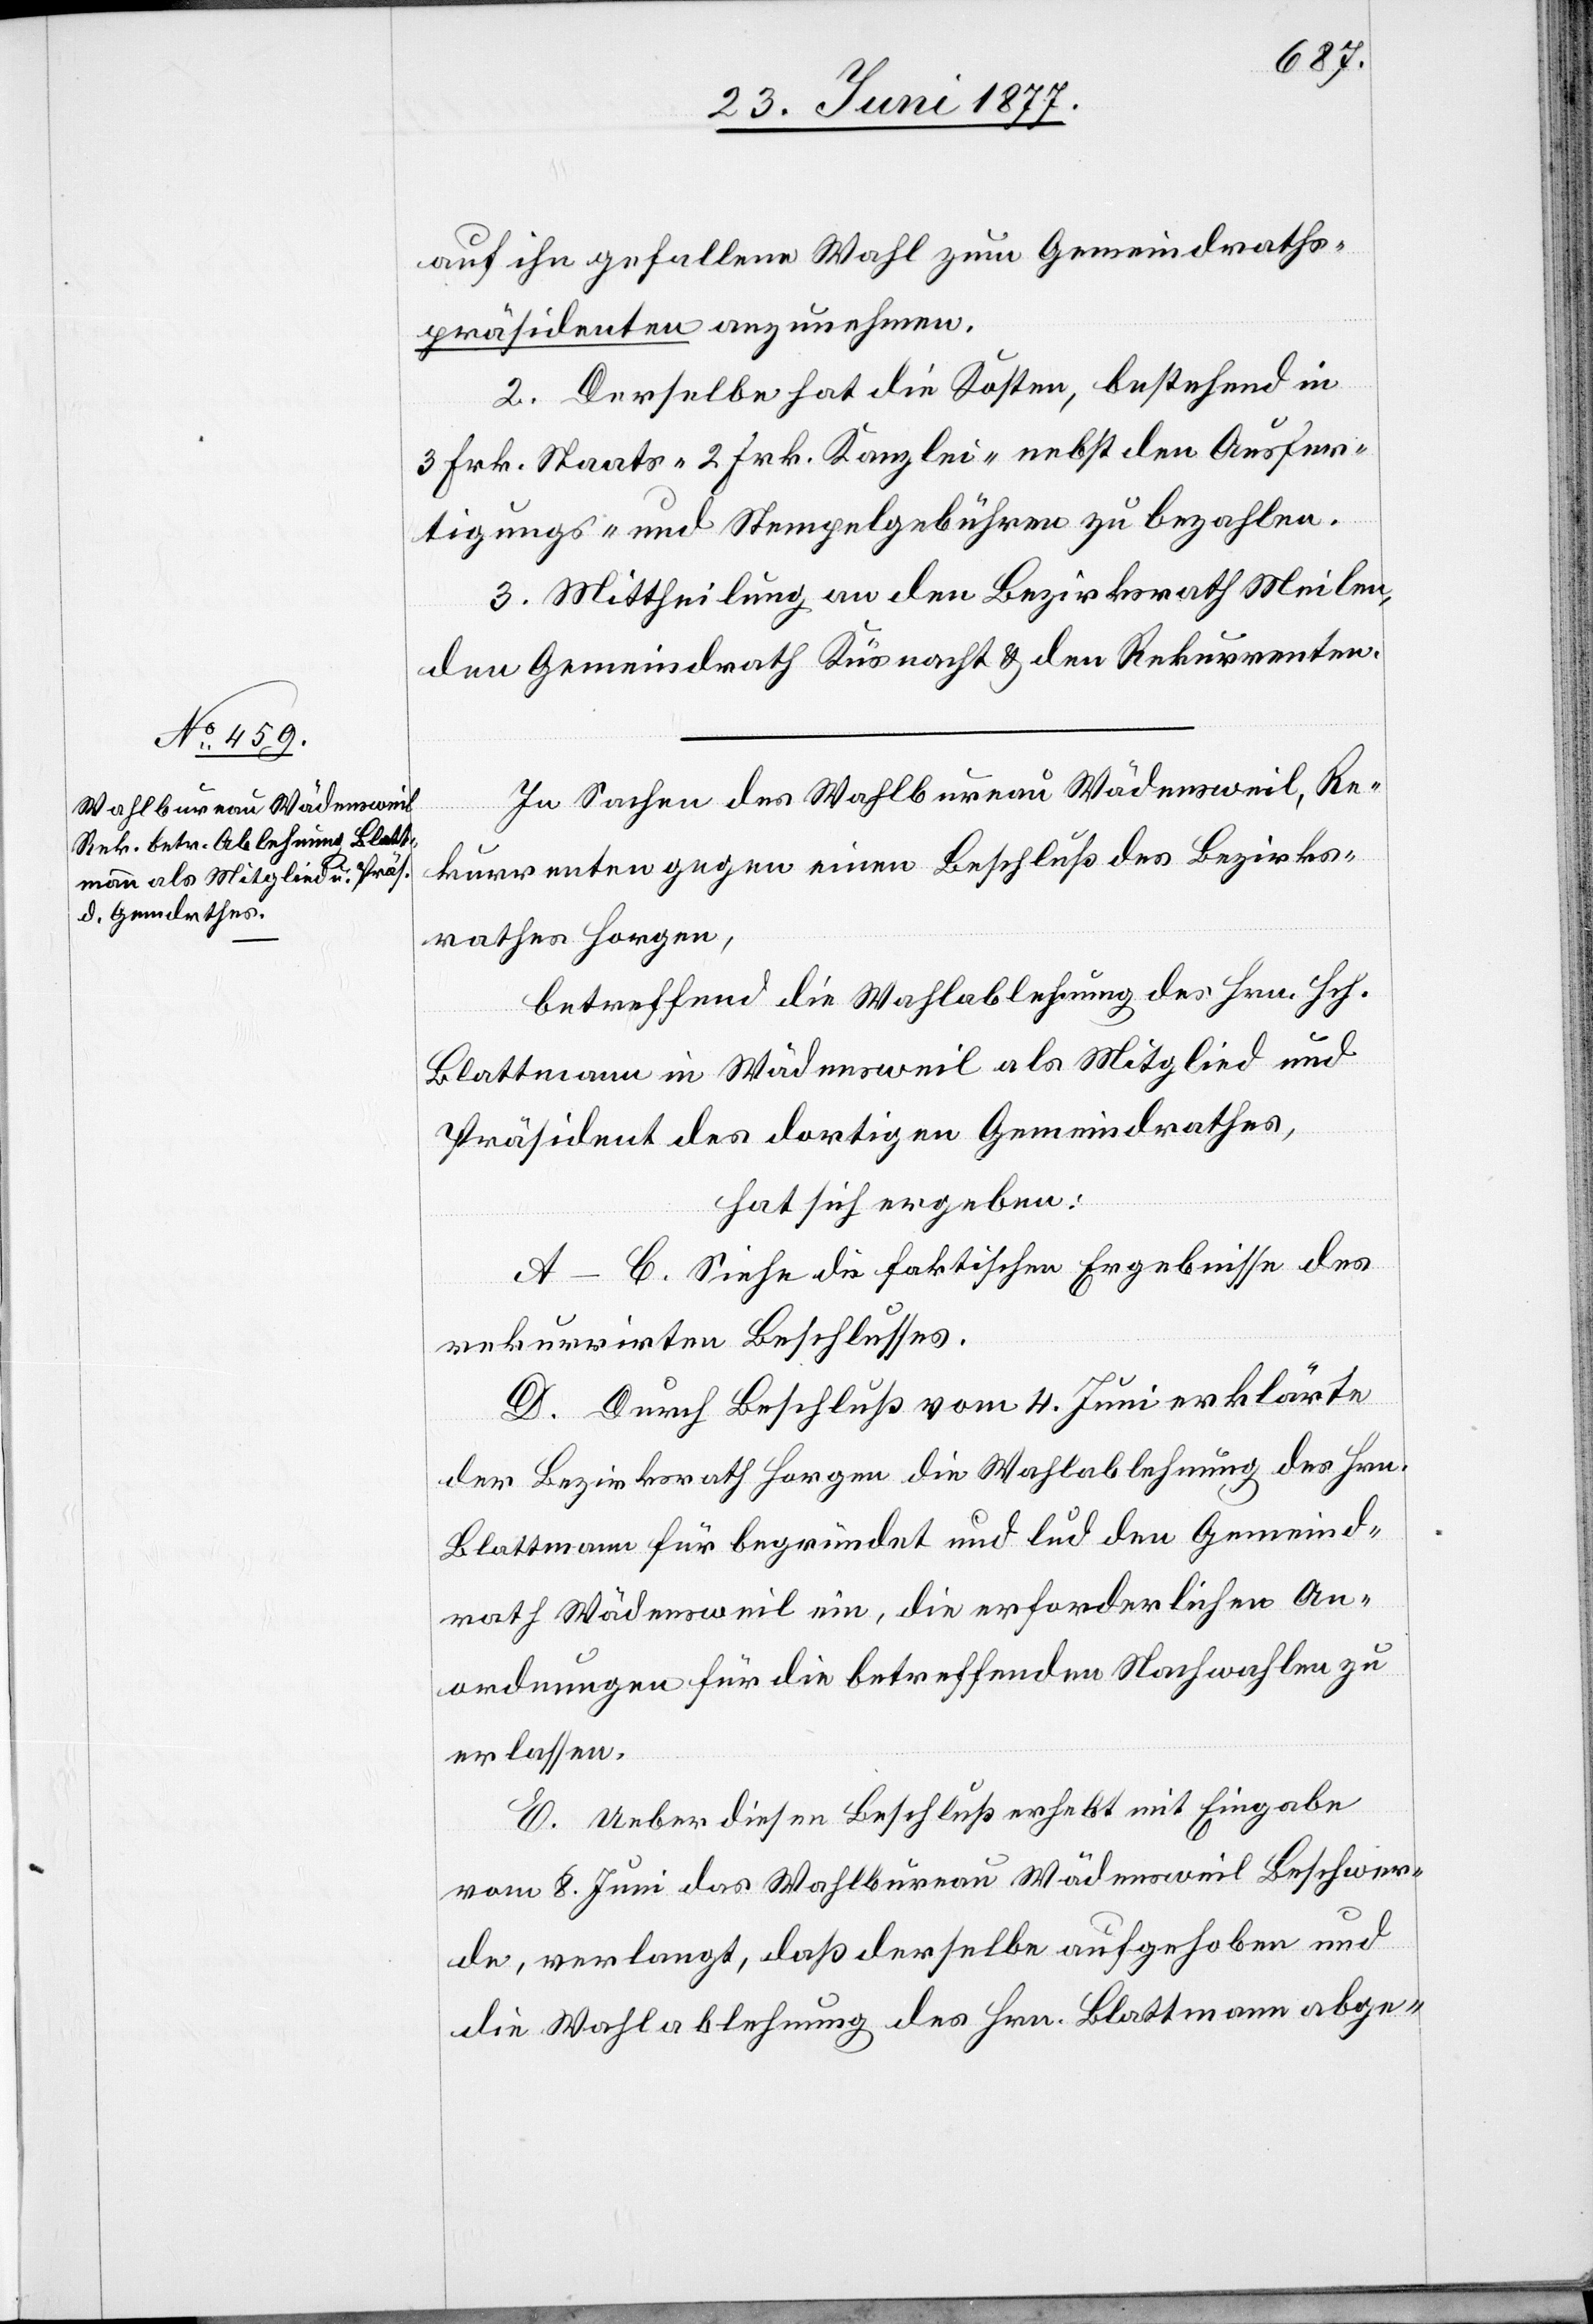
auf ihn gefallene Wahl zum Gemeindraths¬
präsidenten anzunehmen.
2. Derselbe hat die Kosten, bestehend in
3 Frk. Staats- 2 Frk. Kanzlei- nebst den Ausfer¬
tigungs- und Stempelgebühren zu bezahlen.
3. Mittheilung an den Bezirksrath Meilen,
den Gemeindrath Küsnacht & den Rekurrenten.
In Sachen des Wahlbureau Wädensweil, Re¬
kurrenten gegen einen Beschluß des Bezirks¬
rathes Horgen,
betreffend die Wahlablehnung des Hrn. Hch.
Blattmann in Wädensweil als Mitglied und
Präsident des dortigen Gemeindrathes,
hat sich ergeben:
A.–C. Siehe die faktischen Ergebnisse des
rekurrirten Beschlusses.
D. Durch Beschluß vom 4. Juni erklärte
der Bezirksrath Horgen die Wahlablehnung des Hrn.
Blattmann für begründet und lud den Gemeind¬
rath Wädensweil ein, die erforderlichen An¬
ordnungen für die betreffenden Nachwahlen zu
erlassen.
E. Ueber diesen Beschluß erhebt mit Eingabe
vom 8. Juni das Wahlbureau Wädensweil Beschwer¬
de, verlangt, daß derselbe aufgehoben und
die Wahlablehnung des Hrn. Blattmann abge-